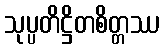
သုပ္ပတိဋ္ဌိတစိတ္တဿ